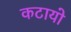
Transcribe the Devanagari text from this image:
कटायो